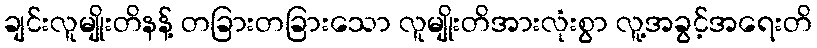
ချင်းလူမျိုးတိနန့် တခြားတခြားသော လူမျိုးတိအားလုံးစွာ လူ့အခွင့်အရေးတိ